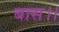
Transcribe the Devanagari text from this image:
बास।।